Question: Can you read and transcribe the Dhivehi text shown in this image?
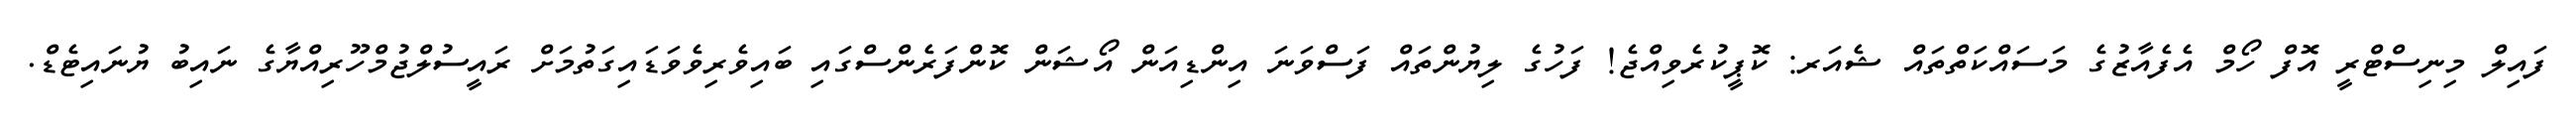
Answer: ފައިލް މިނިސްޓްރީ އޮފް ހޯމް އެފެއާޒުގެ މަސައްކަތްތައް ޝެއަރ: ކޮޕީކުރެވިއްޖެ! ފަހުގެ ލިޔުންތައް ފަސްވަނަ އިންޑިއަން އޯޝަން ކޮންފަރެންސްގައި ބައިވެރިވެވަޑައިގަތުމަށް ރައީސުލްޖުމްހޫރިއްޔާގެ ނައިބު ޔުނައިޓެޑް.